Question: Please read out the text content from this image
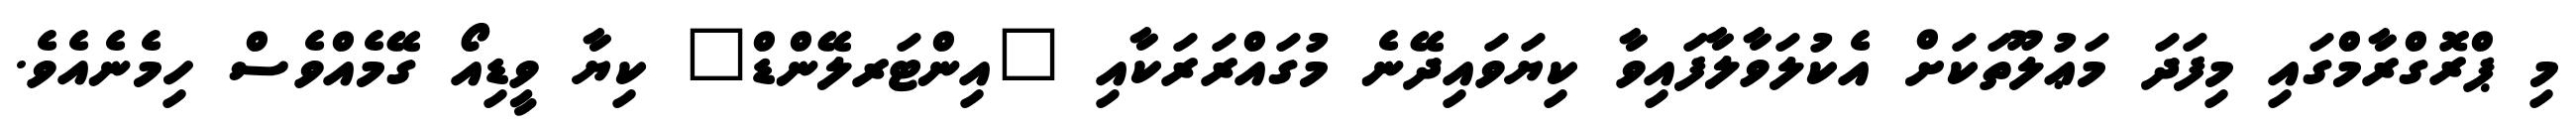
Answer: މި ޕްރޮގްރާމްގައި މިފަދަ މަޢުލޫތަކަށް އެކުލަވާލާފައިވާ ކިޔަވައިދޭނެ މުގައްރަރަކާއި "އިންޓަރލޭންޑް" ކިޔާ ވީޑިއޯ ގޭމެއްވެސް ހިމެނެއެވެ.